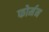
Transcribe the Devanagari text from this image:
फोर्मन